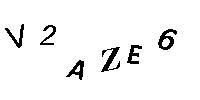
V2AZE6